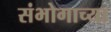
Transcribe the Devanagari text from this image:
संभोगाच्या